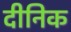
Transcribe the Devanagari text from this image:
दीनिक